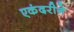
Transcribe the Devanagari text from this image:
एकंदरीने